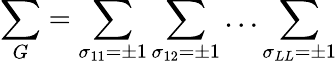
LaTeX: \sum_{G}=\sum_{\sigma_{11}=\pm 1}\sum_{\sigma_{12}=\pm 1}\dots\sum_{\sigma_{LL}=\pm 1}